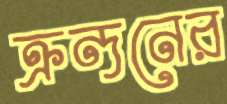
ক্রন্দনের